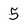
Character: 5